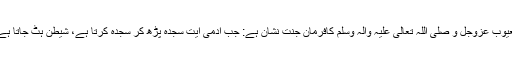
اللّٰہ کے مَحبوب ،دانائے غُیُوب، مُنَزَّہٌ عَنِ الْعُیُوب عَزَّوَجَلَّ و صَلَّی اللہُ تَعَالٰی عَلَیْہِ وَاٰلِہٖ وَسَلَّمَ کافرمانِ جنّت نِشان ہے: جب آدمی آیتِ سجدہ پڑھ کر سجدہ کرتا ہے، شیطٰن ہٹ جاتا ہے اور رو کر کہتا ہے: ہائے میری بربادی !